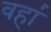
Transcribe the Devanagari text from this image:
वहा॑